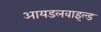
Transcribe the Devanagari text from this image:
आयडलवाइल्ड